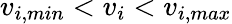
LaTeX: v_{i,min}<v_{i}<v_{i,max}